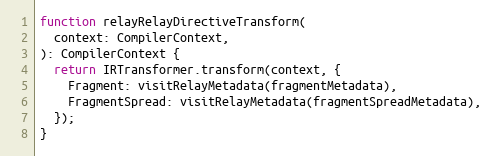
Language: JavaScript
function relayRelayDirectiveTransform(
  context: CompilerContext,
): CompilerContext {
  return IRTransformer.transform(context, {
    Fragment: visitRelayMetadata(fragmentMetadata),
    FragmentSpread: visitRelayMetadata(fragmentSpreadMetadata),
  });
}